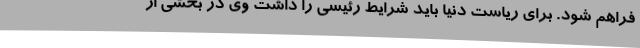
فراهم شود. برای ریاست دنیا باید شرایط رئیسی را داشت وی در بخشی از